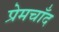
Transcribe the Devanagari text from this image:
प्रेमचाँद